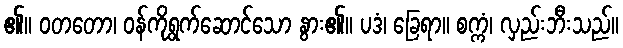
၏။ ဝတတော၊ ဝန်ကိုရွက်ဆောင်သော နွား၏။ ပဒံ၊ ခြေရာ။ စက္ကံ၊ လှည်းဘီးသည်။